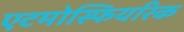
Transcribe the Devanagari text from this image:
एटमोस्फियरिक